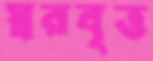
স্বরবৃত্ত